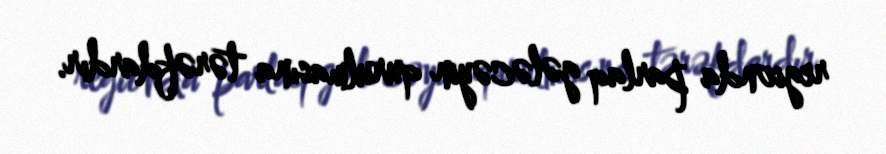
regionda parlaq gələcəyin qurulmasına tərəfdardır.